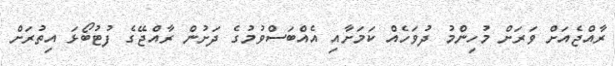
ރާއްޖެއަށް ވަރަށް މުހިންމު ދުވަހެއް ކަމަށާއި އެއްބަސްވުމުގެ ދަށުން ރާއްޖޭގެ ފުޓުބޯޅަ އިތުރަށް